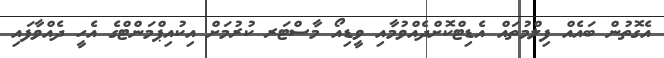
އެގޮތުން ބައެއް ފިލްމުތައް އެޑިޓްކޮށްދެއްވުމާއި ވީޑިއޯ މާސްޓަރ ކުރުމަށް އިކުއިޕްމަންޓްގެ އެހީ ދެއްވާފައި